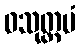
ဝသုတ္တမံ